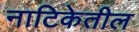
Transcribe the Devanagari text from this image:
नाटिकेतील